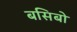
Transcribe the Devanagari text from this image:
बसिबो